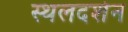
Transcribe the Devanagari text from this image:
स्थलदर्शन